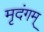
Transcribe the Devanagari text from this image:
मृदंगम्